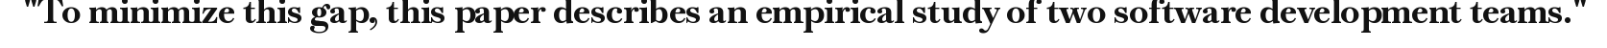
"To minimize this gap, this paper describes an empirical study of two software development teams."